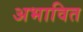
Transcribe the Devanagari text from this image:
अभावित